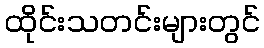
ထိုင်းသတင်းများတွင်